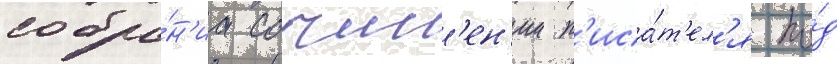
собра́н'иа сочин'ен'ии п'иса́т'ел'я по́д